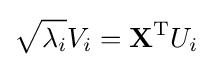
{\sqrt {\lambda _{i}}}V_{i}=\mathbf {X} ^{\mathrm {T} }U_{i}